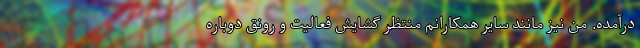
درآمده. من نیز مانند سایر همکارانم منتظر گشایش فعالیت و رونق دوباره